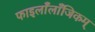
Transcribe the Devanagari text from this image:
फाइलाँलाँजिकम्